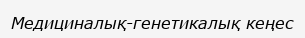
Медициналық-генетикалық кеңес